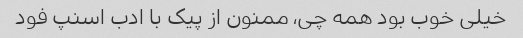
خیلی خوب بود همه چی، ممنون از پیک با ادب اسنپ فود